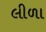
લીળા